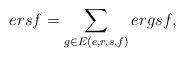
\begin{align*} ersf=\sum_{g\in E(e,r,s,f)}ergsf,\end{align*}